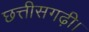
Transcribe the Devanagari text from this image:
छत्तीसगढ़ी।